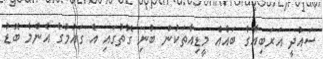
ސައުދީ އަރަބިއާގެ ބައެއް މީޑިއާތަކުން ބުނި ގޮތުގައި އެ ގައުމުގެ އެންމެ ބޮޑު